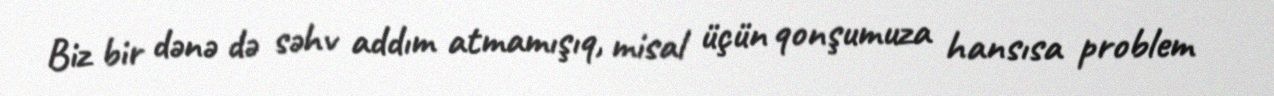
Biz bir dənə də səhv addım atmamışıq, misal üçün qonşumuza hansısa problem